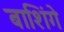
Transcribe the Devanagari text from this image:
बाशिंगे